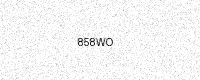
Text: 858WO